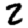
Digit: 2